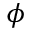
\phi